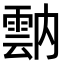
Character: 𩃠